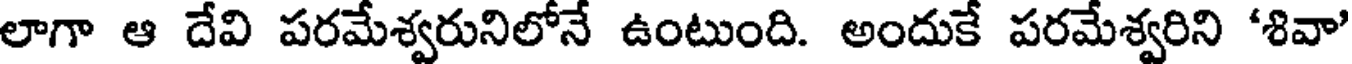
లాగా ఆ దేవి పరమేశ్వరునిలోనే ఉంటుంది. అందుకే పరమేశ్వరిని 'శివా